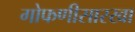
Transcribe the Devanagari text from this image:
गोफणीसारखा